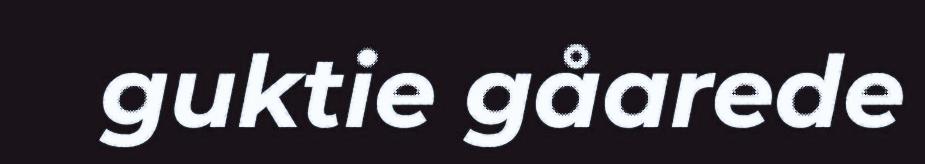
guktie gåarede